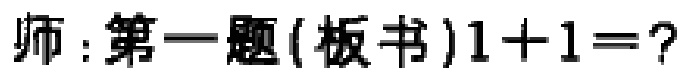
师：第一题(板书)\(1 + 1 = ?\)